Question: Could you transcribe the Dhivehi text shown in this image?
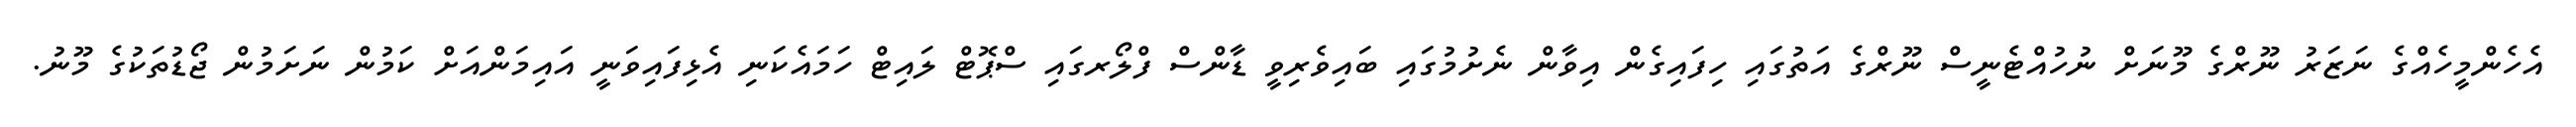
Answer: އެހެންމީހެއްގެ ނަޒަރު ނޫރްގެ މޫނަށް ނުހުއްޓެނީސް ނޫރްގެ އަތުގައި ހިފައިގެން އިވާން ނެށުމުގައި ބައިވެރިވީ ޑާންސް ފްލޯރގައި ސްޕޮޓް ލައިޓް ހަމައެކަނި އެޅިފައިވަނީ އައިމަންއަށް ކަމުން ނަށަމުން ޖޯޑުތަކުގެ މޫނު.